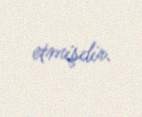
etmişdir.